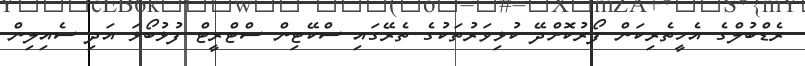
ރެޑްބުލްގެ އެހީތެރިކަން ފޯރުކޮށްދޭ ކުޅިވަރުތަކުގެ ތެރޭގައި ސްކޭޓިން ސްޓްރީޓް ފުޅުބޯޅަ އަދި ސެއިލިން